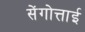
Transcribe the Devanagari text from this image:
सेंगोत्ताई